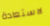
لاستعادة